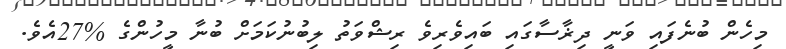
މިހެން ބުނެފައި ވަނީ ދިޜާސާގައި ބައިވެރިވެ ރިޝްވަތު ލިބުނުކަމަށް ބުނާ މީހުންގެ %27އެވެ.